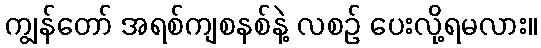
ကျွန်တော် အရစ်ကျစနစ်နဲ့ လစဉ် ပေးလို့ရမလား။